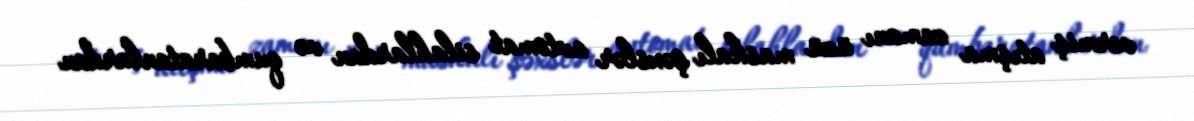
vermiş atışma zamanı üzü maskalı şəxslər avtomat silahlardan və qumbaratanlardan